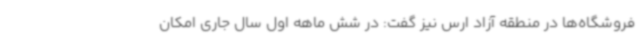
فروشگاه‌ها در منطقه آزاد ارس نیز گفت: در شش ماهه اول سال جاری امکان